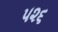
૫૨૬